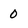
Character: 0